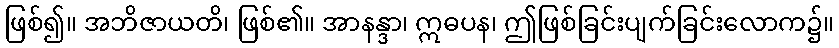
ဖြစ်၍။ အဘိဇာယတိ၊ ဖြစ်၏။ အာနန္ဒာ၊ ဣဓပန၊ ဤဖြစ်ခြင်းပျက်ခြင်းလောက၌။